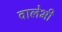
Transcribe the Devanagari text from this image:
वालेभी